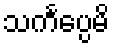
သင်္ကပ္ပေမိ